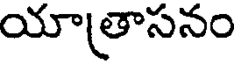
యాత్రాసనం